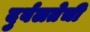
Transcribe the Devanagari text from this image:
दुर्बलतेची